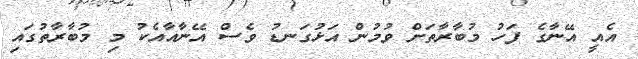
އެއީ އޭނާގެ ފަހު މުބާރާތަށް ވުމުން އަޅުގަނޑު ވެސް އޭނާއާއެކު މި މުބާރާތުގައި